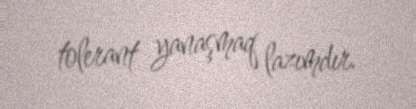
tolerant yanaşmaq lazımdır.